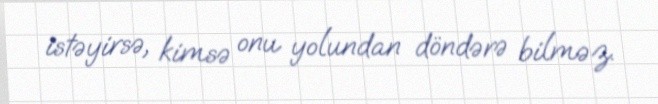
istəyirsə, kimsə onu yolundan döndərə bilməz.